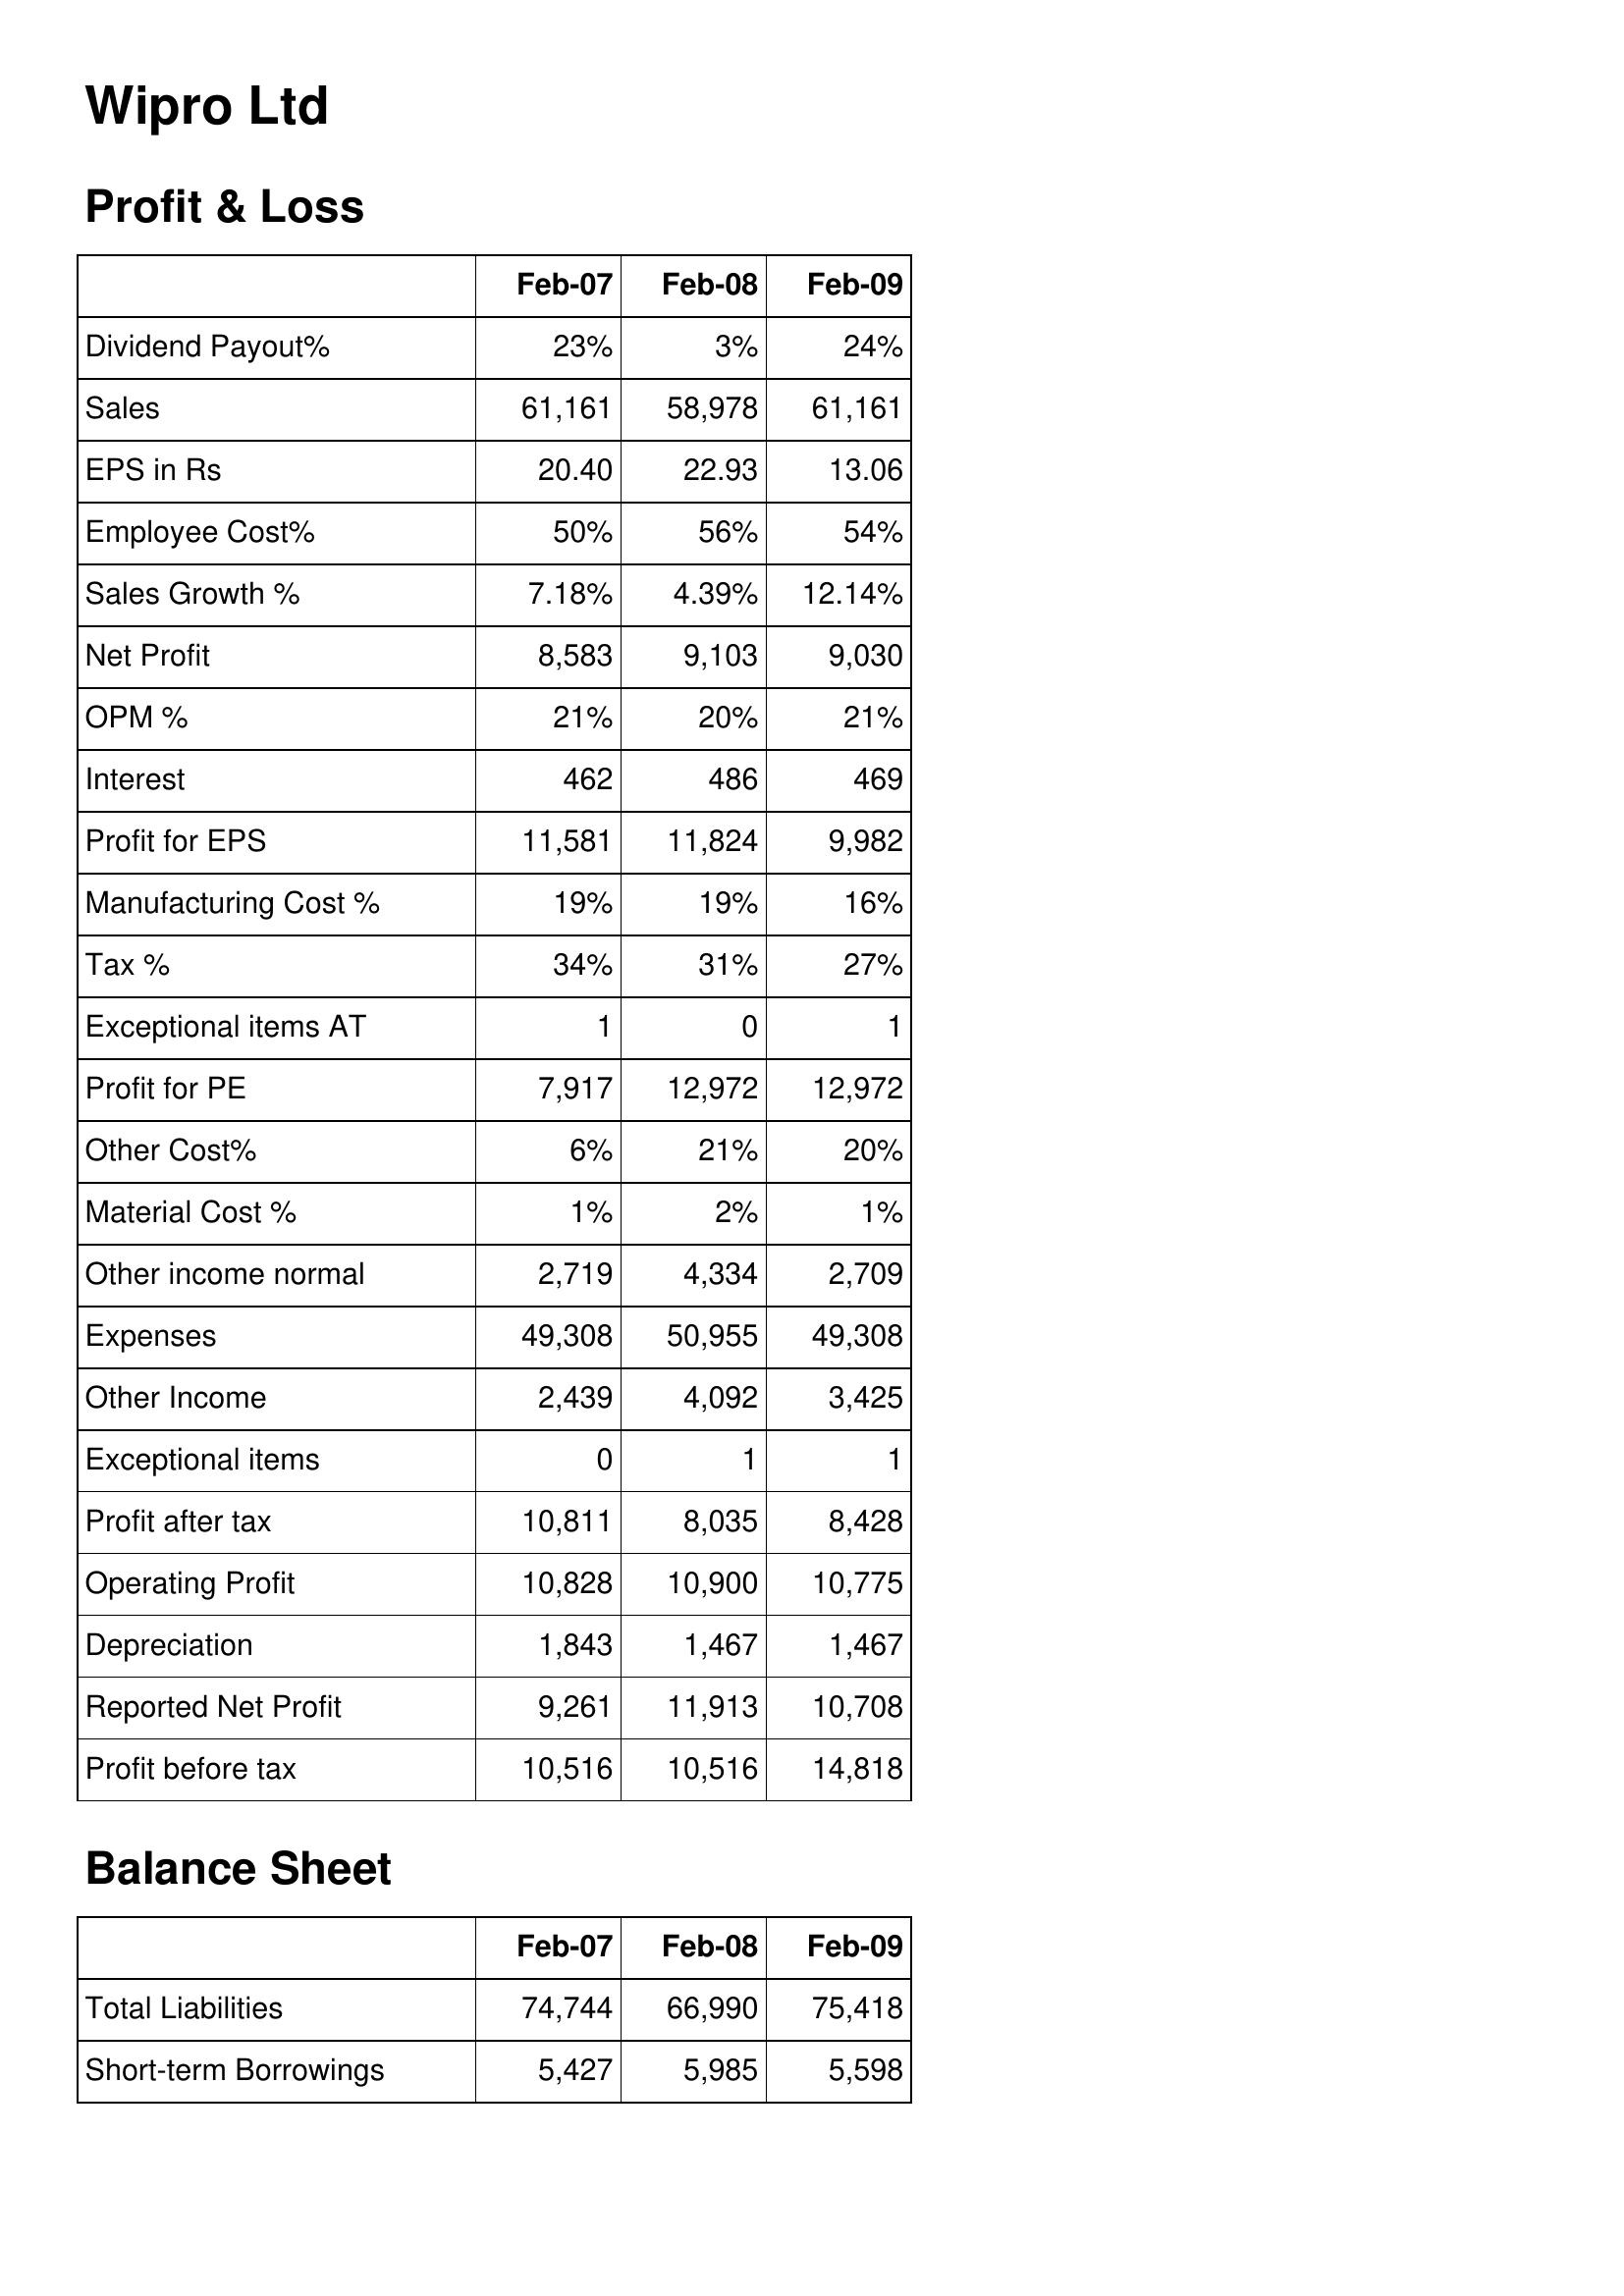
Feb-07: Profit & Loss: Dividend Payout%: 23%
Sales: 61,161
EPS in Rs: 20.40
Employee Cost%: 50%
Sales Growth %: 7.18%
Net Profit: 8,583
OPM %: 21%
Interest: 462
Profit for EPS: 11,581
Manufacturing Cost %: 19%
Tax %: 34%
Exceptional items AT: 1
Profit for PE: 7,917
Other Cost%: 6%
Material Cost %: 1%
Other income normal: 2,719
Expenses: 49,308
Other Income: 2,439
Exceptional items: 0
Profit after tax: 10,811
Operating Profit: 10,828
Depreciation: 1,843
Reported Net Profit: 9,261
Profit before tax: 10,516
Balance Sheet: Total Liabilities: 74,744
Short-term Borrowings: 5,427
Feb-08: Profit & Loss: Dividend Payout%: 3%
Sales: 58,978
EPS in Rs: 22.93
Employee Cost%: 56%
Sales Growth %: 4.39%
Net Profit: 9,103
OPM %: 20%
Interest: 486
Profit for EPS: 11,824
Manufacturing Cost %: 19%
Tax %: 31%
Exceptional items AT: 0
Profit for PE: 12,972
Other Cost%: 21%
Material Cost %: 2%
Other income normal: 4,334
Expenses: 50,955
Other Income: 4,092
Exceptional items: 1
Profit after tax: 8,035
Operating Profit: 10,900
Depreciation: 1,467
Reported Net Profit: 11,913
Profit before tax: 10,516
Balance Sheet: Total Liabilities: 66,990
Short-term Borrowings: 5,985
Feb-09: Profit & Loss: Dividend Payout%: 24%
Sales: 61,161
EPS in Rs: 13.06
Employee Cost%: 54%
Sales Growth %: 12.14%
Net Profit: 9,030
OPM %: 21%
Interest: 469
Profit for EPS: 9,982
Manufacturing Cost %: 16%
Tax %: 27%
Exceptional items AT: 1
Profit for PE: 12,972
Other Cost%: 20%
Material Cost %: 1%
Other income normal: 2,709
Expenses: 49,308
Other Income: 3,425
Exceptional items: 1
Profit after tax: 8,428
Operating Profit: 10,775
Depreciation: 1,467
Reported Net Profit: 10,708
Profit before tax: 14,818
Balance Sheet: Total Liabilities: 75,418
Short-term Borrowings: 5,598